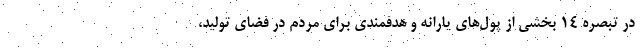
در تبصره 14 بخشی از پول‌های یارانه و هدفمندی برای مردم در فضای تولید،